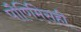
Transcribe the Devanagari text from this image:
पौर्णिमेसही